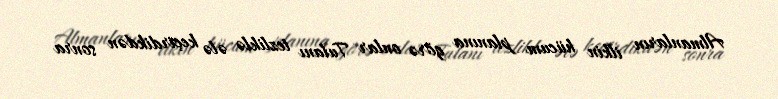
Almanların ilkin hücum planına görə onlar Tulanı tezliklə ələ keçirdikdən sonra